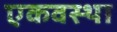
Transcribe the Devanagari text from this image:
एकवस्था